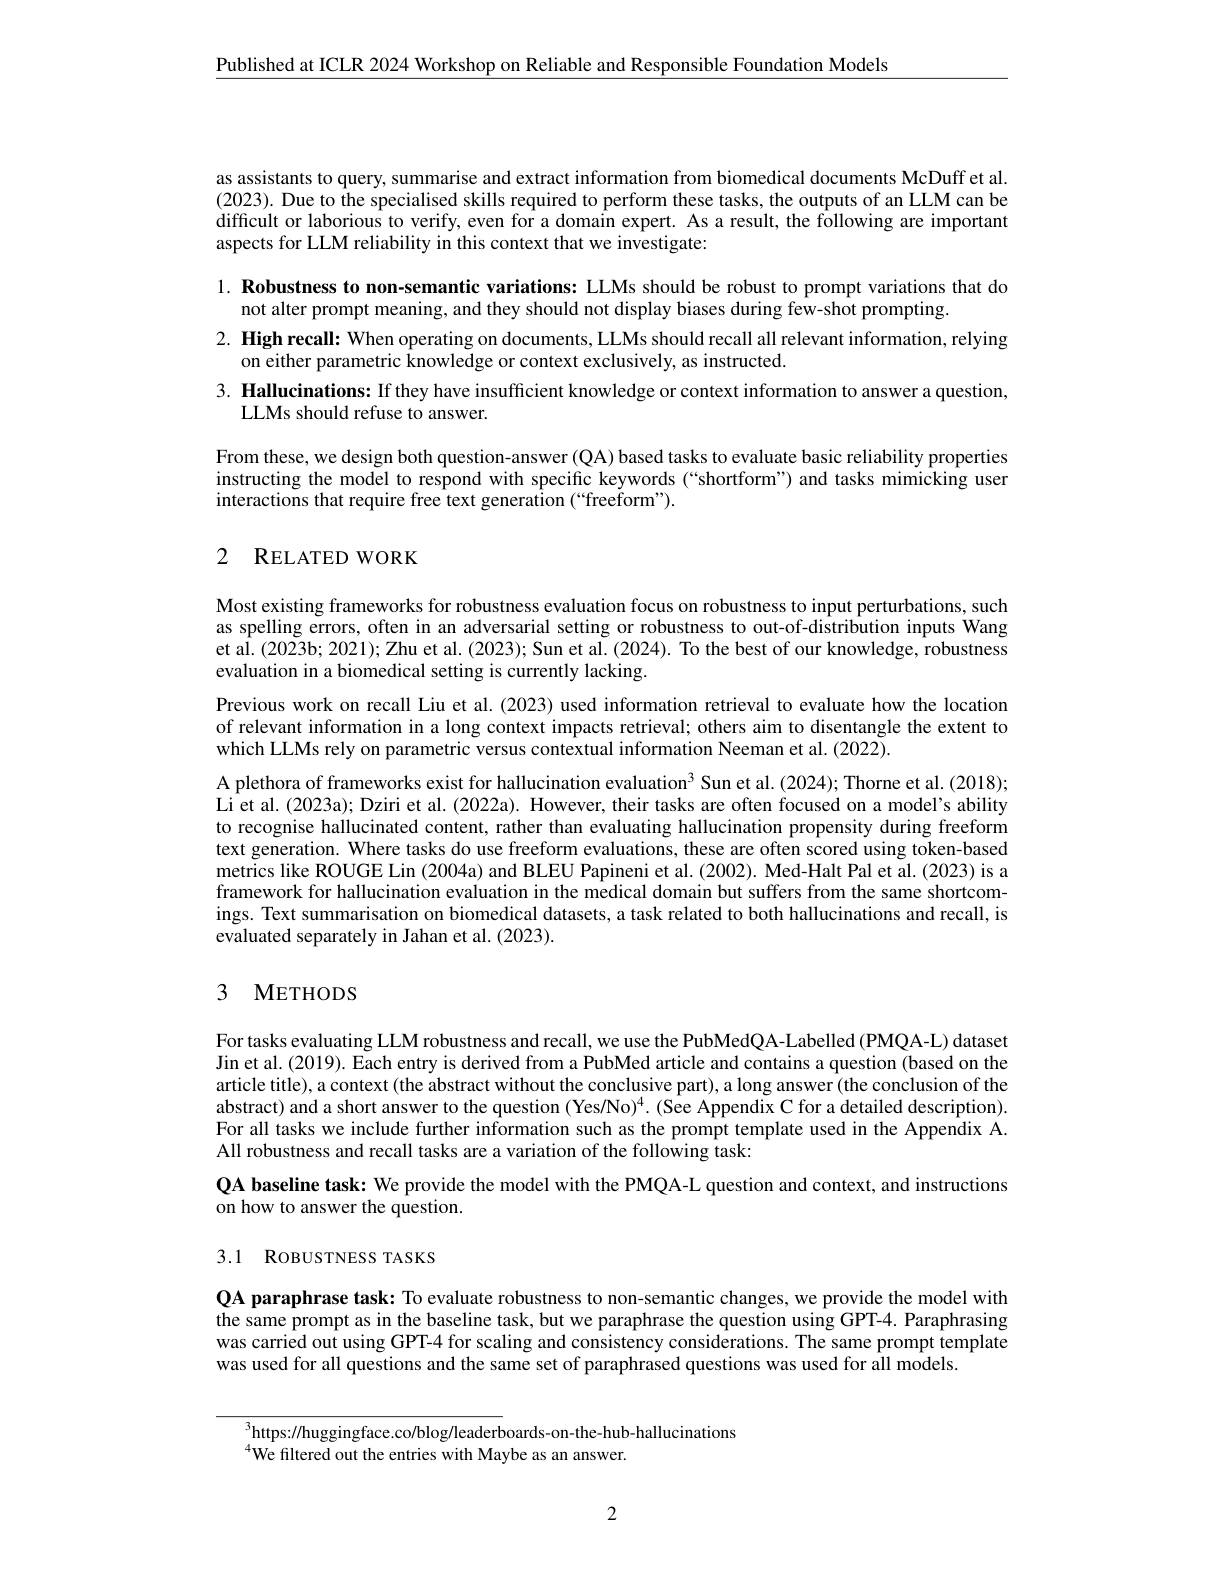
$\underline{\text{Published at ICLR 2024 Workshop on Reliable and Responsible Foundation Models}}$

as assistants to query, summarise and extract information from biomedical documents McDuff et al (2023). Due to the specialised skills required to perform these tasks, the outputs of an LLM can be difficult or laborious to verify, even for a domain expert. As a result, the following are important aspects for LLM reliability in this context that we investigate:

1. Robustness to non-semantic variations: LLMs should be robust to prompt variations that do
not alter prompt meaning, and they should not display biases during few-shot prompting.
2. High recall: When operating on documents, LLMs should recall all relevant information, relying
on either parametric knowledge or context exclusively, as instructed
3. Hallucinations: If they have insufficient knowledge or context information to answer a question,
LLMs should refuse to answer.

From these, we design both question-answer (QA) based tasks to evaluate basic reliability properties instructing the model to respond with specific keywords (“shortform”) and tasks mimicking user interactions that require free text generation (“freeform”).

# 2 RELATED WORK

Most existing frameworks for robustness evaluation focus on robustness to input perturbations, such as spelling errors, often in an adversarial setting or robustness to out-of-distribution inputs Wang et al. (2023b; 2021); Zhu et al. (2023); Sun et al. (2024). To the best of our knowledge, robustness evaluation in a biomedical setting is currently lacking.
Previous work on recall Liu et al. (2023) used information retrieval to evaluate how the location of relevant information in a long context impacts retrieval; others aim to disentangle the extent to which LLMs rely on parametric versus contextual information Neeman et al. (2022).
A plethora of frameworks exist for hallucination evaluation$^3$ Sun et al.(2024); Thorne et al. (2018); Li et al. (2023a); Dziri et al. (2022a). However, their tasks are often focused on a model's ability to recognise hallucinated content, rather than evaluating hallucination propensity during freeform text generation. Where tasks do use freeform evaluations, these are often scored using token-based metrics like ROUGE Lin (2004a) and BLEU Papineni et al. (2002). Med-Halt Pal et al. (2023) is a framework for hallucination evaluation in the medical domain but suffers from the same shortcomings. Text summarisation on biomedical datasets, a task related to both hallucinations and recall, is evaluated separately in Jahan et al. (2023).

# 3 METHODS

For tasks evaluating LLM robustness and recall, we use the PubMedQA-Labelled (PMQA-L) dataset Jin et al. (2019). Each entry is derived from a PubMed article and contains a question (based on the article title), a context (the abstract without the conclusive part), a long answer (the conclusion of the abstract) and a short answer to the question (Yes/No)$^4.$ (See Appendix C for a detailed description). For all tasks we include further information such as the prompt template used in the Appendix A. All robustness and recall tasks are a variation of the following task:
QA baseline task: We provide the model with the PMQA-L question and context, and instructions
on how to answer the question.

# 3.1 ROBUSTNESS TASKS

QA paraphrase task: To evaluate robustness to non-semantic changes, we provide the model with the same prompt as in the baseline task, but we paraphrase the question using GPT-4. Paraphrasing was carried out using GPT-4 for scaling and consistency considerations. The same prompt template was used for all questions and the same set of paraphrased questions was used for all models.

$^{3}$https://huggingface.co/blog/leaderboards-on-the-hub-hallucinations
$^{4}$We filtered out the entries with Maybe as an answer.

2